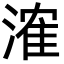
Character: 㴶